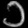
Digit: ၁